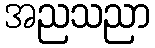
အညသညာ